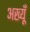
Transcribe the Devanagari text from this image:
अख्यूँ